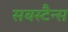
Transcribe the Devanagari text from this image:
सबस्टैन्स